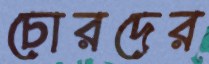
চোরদের